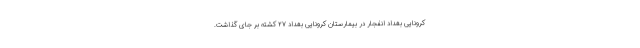
کرونایی بغداد انفجار در بیمارستان کرونایی بغداد ۲۷ کشته بر جای گذاشت.